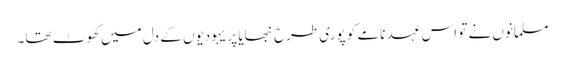
مسلمانوں نے تو اس عہد نامے کو پوری طرح نبھایا پر یہودیوں کے دل میں کھوٹ تھا۔